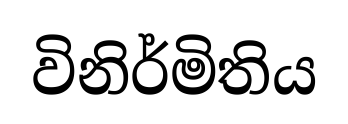
විනිර්මිතිය